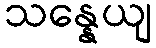
သန္နေယျ